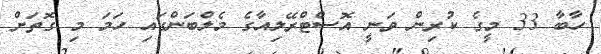
ހާބާ 33 މީގެ ކުރިން ވަނީ އޮސްޓްރޭލިއާގެ މެލްބަންގައި ހަމަ މި ގޮތަށް